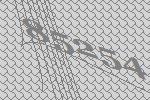
85254